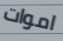
اموات